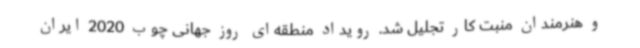
و هنرمندان منبت کار تجلیل شد. رویداد منطقه‌ای روز جهانی چوب 2020 ایران